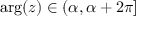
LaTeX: \arg ( z ) \in ( \alpha , \alpha + 2 \pi ] \protect